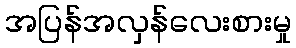
အပြန်အလှန်လေးစားမှု